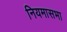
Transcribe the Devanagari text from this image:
नियमासभा